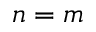
n = m